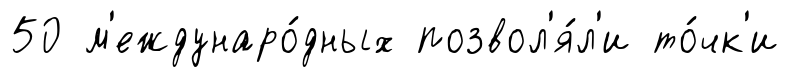
50 м'еждунаро́дных позвол'я́л'и то́чк'и